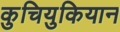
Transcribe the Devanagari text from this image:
कुचियुकियान